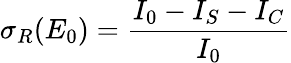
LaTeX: \sigma_{R}(E_{0})=\frac{I_{0}-I_{S}-I_{C}}{I_{0}}